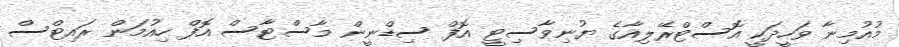
މުއުމިނާ ވަހީދަކީ އޮސްޓްރޭލިއާގެ ޔުނިވާސިޓީ އޮފް ސިޑްނީން މާސްޓާސް އޮފް ހިއުމަން ރައިޓްސް